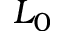
L _ { 0 }